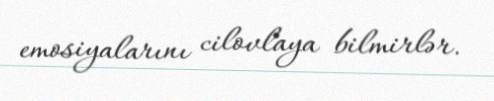
emosiyalarını cilovlaya bilmirlər.